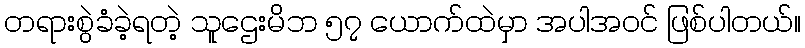
တရားစွဲခံခဲ့ရတဲ့ သူဌေးမိဘ ၅၇ ယောက်ထဲမှာ အပါအဝင် ဖြစ်ပါတယ်။